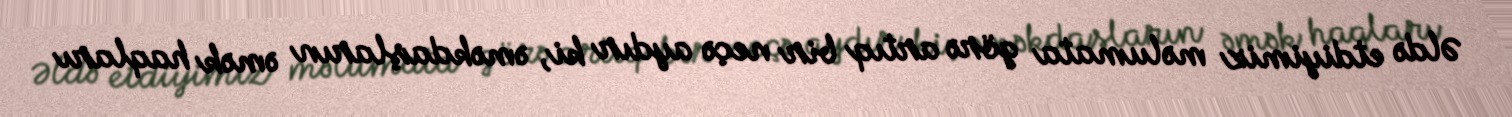
Əldə etdiyimiz məlumata görə artıq bir neçə aydır ki, əməkdaşların əmək haqları